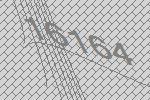
16164